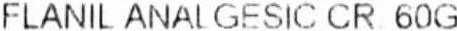
FLANIL ANAL GESIC CR 60G